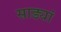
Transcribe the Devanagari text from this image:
साड्यां